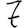
Digit: 7